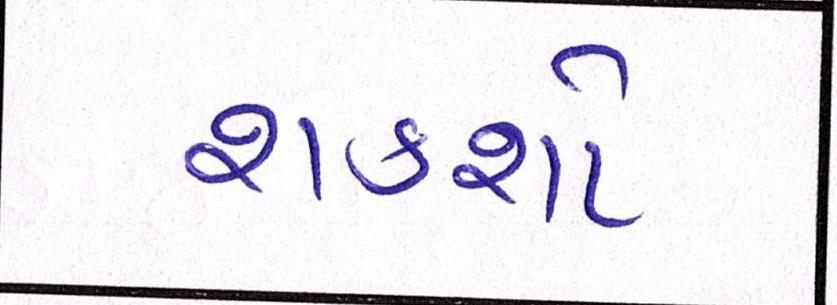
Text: શકશો